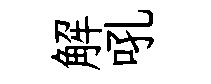
解吼